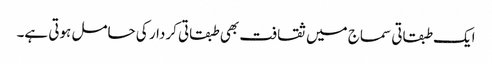
ایک طبقاتی سماج میں ثقافت بھی طبقاتی کردار کی حامل ہوتی ہے۔